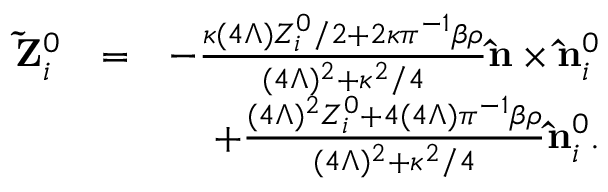
\begin{array} { r l r } { { \bf \tilde { Z } } _ { i } ^ { 0 } } & { = } & { - \frac { \kappa ( 4 \Lambda ) Z _ { i } ^ { 0 } / 2 + 2 \kappa \pi ^ { - 1 } \beta \rho } { ( 4 \Lambda ) ^ { 2 } + \kappa ^ { 2 } / 4 } { \bf \hat { n } } \times { \bf { \hat { n } } } _ { i } ^ { 0 } } \\ & { } & { + \frac { ( 4 \Lambda ) ^ { 2 } Z _ { i } ^ { 0 } + 4 ( 4 \Lambda ) \pi ^ { - 1 } \beta \rho } { ( 4 \Lambda ) ^ { 2 } + \kappa ^ { 2 } / 4 } { \bf { \hat { n } } } _ { i } ^ { 0 } . } \end{array}